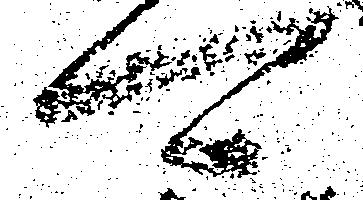
可